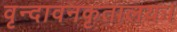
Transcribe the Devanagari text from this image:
वृन्दावनकृतालयः।